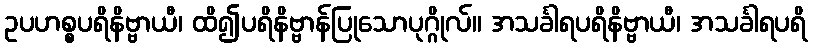
ဥပဟစ္စပရိနိဗ္ဗာယီ၊ ထိ၍ပရိနိဗ္ဗာန်ပြုသောပုဂ္ဂိုလ်။ အသင်္ခါရပရိနိဗ္ဗာယီ၊ အသင်္ခါရပရိ